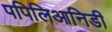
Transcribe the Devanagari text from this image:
पपिलिआनिडी